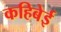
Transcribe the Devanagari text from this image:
कहिबेई